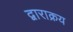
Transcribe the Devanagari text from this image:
द्वाराक्रय